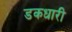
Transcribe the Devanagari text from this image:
डकधारी